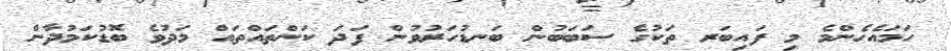
ހަމައެހެންމެ މި ފައިބަރ ތަކުގެ ސަބަބުން ބަނޑުހަރުވުން ފަދަ ކަންތައްތައް މަދުވެ ބޮޑުކަމުދާން